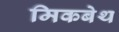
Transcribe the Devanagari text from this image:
मिकबेथ